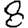
Digit: 8